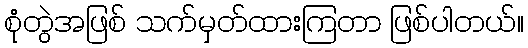
စုံတွဲအဖြစ် သက်မှတ်ထားကြတာ ဖြစ်ပါတယ်။